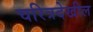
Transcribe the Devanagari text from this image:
चरित्रदेखील